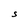
Character: S